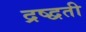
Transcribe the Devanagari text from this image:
द्रष्द्वती